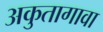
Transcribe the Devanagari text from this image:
अकुतागावा